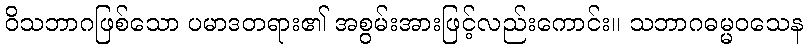
ဝိသဘာဂဖြစ်သော ပမာဒတရား၏ အစွမ်းအားဖြင့်လည်းကောင်း။ သဘာဂဓမ္မဝသေန